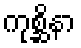
ကုစ္ဆိနာ